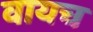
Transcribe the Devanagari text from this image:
वायच